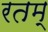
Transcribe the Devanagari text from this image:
रतम्